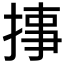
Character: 𱠉